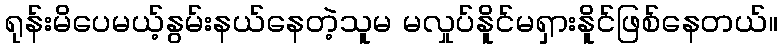
ရုန်းမိပေမယ့်နွမ်းနယ်နေတဲ့သူမ မလှုပ်နိူင်မရှားနိူင်ဖြစ်နေတယ်။